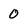
Character: 0